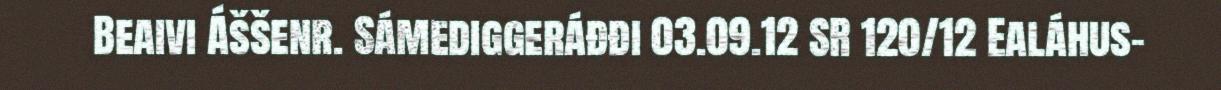
Beaivi Áššenr. Sámediggeráđđi 03.09.12 SR 120/12 Ealáhus-